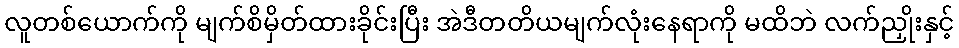
လူတစ်ယောက်ကို မျက်စိမှိတ်ထားခိုင်းပြီး အဲဒီတတိယမျက်လုံးနေရာကို မထိဘဲ လက်ညှိုးနှင့်